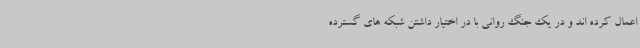
اعمال کرده اند و در یک جنگ روانی با در اختیار داشتن شبکه های گسترده